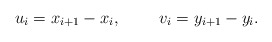
\begin{align*}u_i=x_{i+1}-x_{i}, ~~~~~~~v_i=y_{i+1}-y_{i}.\end{align*}